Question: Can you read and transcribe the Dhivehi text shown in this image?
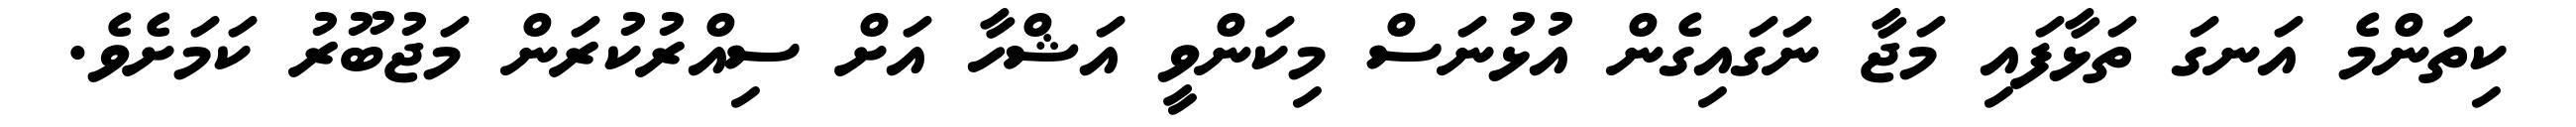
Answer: ކިތަންމެ އަނގަ ތަޅާފައި މަޖާ ނަގައިގެން އުޅުނަސް މިކަންވީ އަޝްހާ އަށް ސިއްރުކުރަން މަޖުބޫރު ކަމަށެވެ.